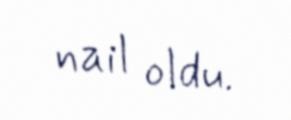
nail oldu.